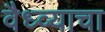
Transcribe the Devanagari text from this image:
वैध्व्याचा